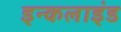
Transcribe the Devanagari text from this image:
इन्कलाइंड